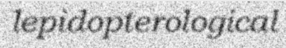
lepidopterological